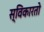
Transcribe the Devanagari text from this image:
स्विकारतो